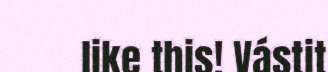
like this! Vástit